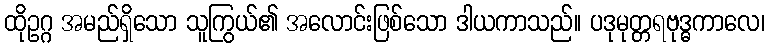
ထိုဥဂ္ဂ အမည်ရှိသော သူကြွယ်၏ အလောင်းဖြစ်သော ဒါယကာသည်။ ပဒုမုတ္တရဗုဒ္ဓကာလေ၊